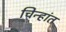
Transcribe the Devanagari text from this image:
चिन्हांत